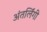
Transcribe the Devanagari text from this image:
अंतर्लिंगी